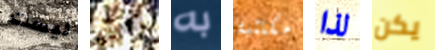
ليست القبل به مكتئبة لذا يكن